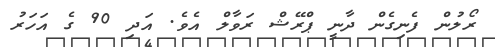
ރޯލުން ފެނިގެން ދާނީ ޕްރޭޝް ރަވާލް އެވެ. އަދި 90 ގެ އަހަރު